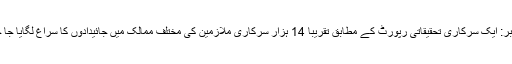
٭ایک خبر: ایک سرکاری تحقیقاتی رپورٹ کے مطابق تقریباً 14 ہزار سرکاری ملازمین کی مختلف ممالک میں جائیدادوں کا سراغ لگایا جا چکا ہے۔